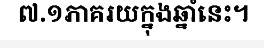
៧.១ភាគរយក្នុងឆ្នាំនេះ។